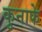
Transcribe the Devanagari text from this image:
कुनाफे